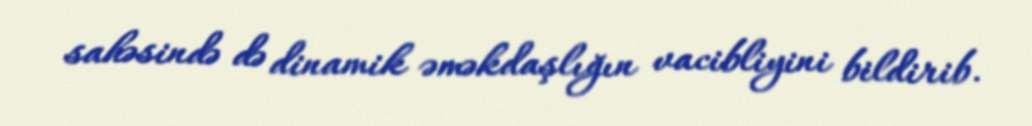
sahəsində də dinamik əməkdaşlığın vacibliyini bildirib.